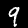
Label: 9